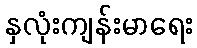
နှလုံးကျန်းမာရေး